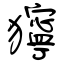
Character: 獰